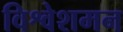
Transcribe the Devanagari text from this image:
विश्वेशमन